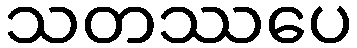
သတဿပေ